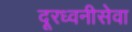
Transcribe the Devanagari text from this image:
दूरध्वनीसेवा